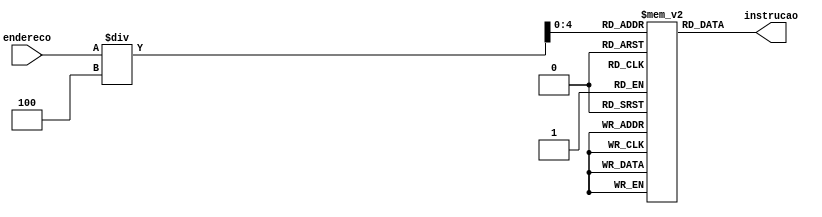
module Memoria_instrucoes (endereco,instrucao);
  input [31:0]endereco;
  output reg [31:0] instrucao;
  reg [31:0]I_Mem[0:31];

  initial begin
        I_Mem[0] = 32'b00000001000010010101000000100000;  //add $t2,$t0,$t1
        I_Mem[1] = 32'b00000010000100011001000000100000;  //add $s2,$s0,$s1
        I_Mem[2] = 32'b00000010100100111010100000100010;  //sub $s5,$s4,$s3
        I_Mem[3] = 32'b00000001100010110110100000100010;  //sub $t5,$t4,$t3
        I_Mem[4] = 32'b00000010010011011011000000100101;  //or $s6,$s2,$t5
        I_Mem[5] = 32'b00000001010101010111000000100101;  //or $t6,$t2,$s5     //ultima instruo desvia de volta para esta//
        I_Mem[6] = 32'b00000010010011011011100000100100;  //and $s7,$s2,$t5
        I_Mem[7] = 32'b00000001010101010111100000100100;  //and $t7,$t2,$s5
        I_Mem[8] = 32'b00000010010011010100000000100111;  //nor $t0,$s2,$t5
        I_Mem[9] = 32'b00000001010101011000000000100111;  //nor $s0,$t2,$s5
        I_Mem[10] = 32'b00000001110011010100100000101010; //slt $t1,$s6,$s5
        I_Mem[11] = 32'b00000001101011101000100000101010; //slt $s1,$s5,$s6
        I_Mem[12] = 32'b10001110010010100000000000000100; //lw $t2,4($s0)
        I_Mem[13] = 32'b10001110001010110000000000001000; //lw $t3,8($s1)
        I_Mem[14] = 32'b10101110010011000000000000000100; //sw $t4,4($s0)
        I_Mem[15] = 32'b10101110001011010000000000001000; //sw $t5,8($s1)
        I_Mem[16] = 32'b00000010010011010100000000100110; //xor $t0,$s2,$t5
        I_Mem[17] = 32'b00000001010101011000000000100110; //xor $s0,$t2,$s5
        I_Mem[18] = 32'b00010110100101010000000000000001; //bne bne $s4,$s5,1 //esse desvio muda pc para 80.
        I_Mem[19] = 32'b00010110100101010000000000000001; //bne   ///essa instruo  pulada devido ao desvio acima.
        I_Mem[20] = 32'b00010010001101011111111111110000; //beq $s1,$s5,-16 //esse desvio muda pc para 20.

    end
  always @ (endereco) begin
    instrucao <= I_Mem[endereco/4];
  end
endmodule //Memoria_instrucoes